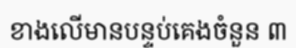
ខាងលើមានបន្ទប់គេងចំនួន ៣